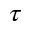
\tau